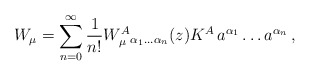
\begin{align*}W_\mu = \sum_{n=0}^\infty \frac{1}{n!}W_\mu^{A}{}_{ \alpha_1 \ldots \alpha_n } (z)K^A\, a^{\alpha_1} \ldots a^{\alpha_n }\,,\end{align*}